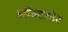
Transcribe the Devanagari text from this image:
ऑल्टरनेट